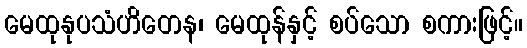
မေထုနုပသံဟိတေန၊ မေထုန်နှင့် စပ်သော စကားဖြင့်။